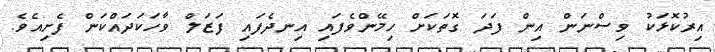
އިރުކޮޅަކު ވިސްނަން އިން ފަދަ ގޮތަކަށް ހިމޭންވެފައި އިނދެފައި ފަޒަލް ވާހަކަދައްކަން ފެށިއެވެ.